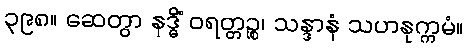
၃၉၈။ ဆေတွာ နဒ္ဓိံ ဝရတ္တဉ္စ၊ သန္ဒာနံ သဟနုက္ကမံ။